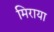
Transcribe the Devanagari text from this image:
मिराया